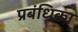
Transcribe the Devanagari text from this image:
प्रबंधिका